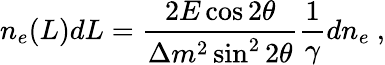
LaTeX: n_{e}(L)dL={\frac{2E\cos 2\theta}{\Delta m^{2}\sin^{2}2\theta}}{\frac{1}{\gamma}}dn_{e}~,